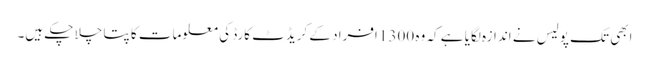
ابھی تک پولیس نے اندازہ لگایا ہے کہ وہ 1300 افراد کے کریڈٹ کارڈ کی معلومات کا پتا چلا چکے ہیں۔